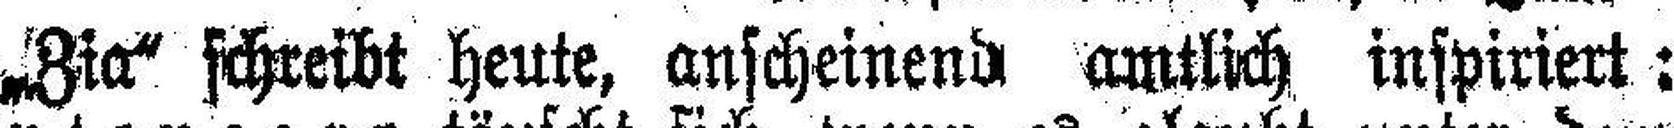
„Zia“ schreibt heute, anscheinend amtlich inspiriert: